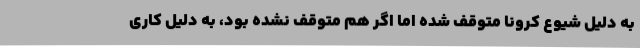
به دلیل شیوع کرونا متوقف شده اما اگر هم متوقف نشده بود، به دلیل کاری